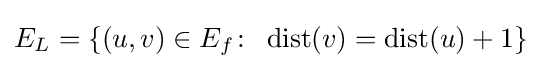
E_{L}=\{(u,v)\in E_{f}\colon \;\operatorname {dist} (v)=\operatorname {dist} (u)+1\}